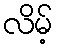
လိမ့်